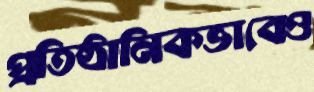
প্রতিষ্ঠানিকভাবেও